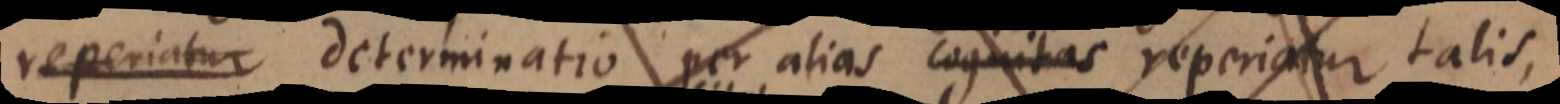
reperiatur determinatio per alias cognitas reperiatur talis,